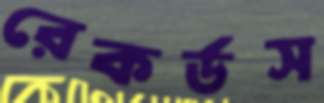
রেকর্ডস